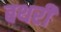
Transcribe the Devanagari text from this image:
बथरी